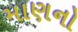
માણનો